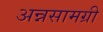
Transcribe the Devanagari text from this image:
अन्नसामग्री